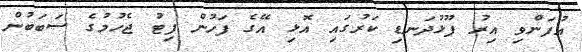
އުފަންވި އިރު ފޫޅުދަނޑި ކަރުގައި އޮޅި އޭގެ ފަހުން ފިޓު ޖެހުމުގެ ސަބަބުން